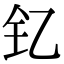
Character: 钇